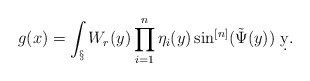
\begin{align*}g(x) = \int_\S W_r(y)\prod_{i=1}^n\eta_i(y)\sin^{[n]}(\tilde \Psi(y))\ \d y.\end{align*}